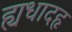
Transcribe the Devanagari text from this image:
ह्यधादहृ